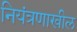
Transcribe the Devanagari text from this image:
नियंत्रणाखील